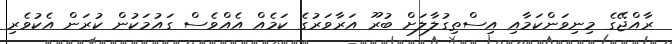
ރާއްޖޭގެ މިނިވަންކަމާއި އިސްތިގުލާލަށް ބުރޫ އަރާވަރުގެ ކަމެއް އެއްވެސް ގައުމަކުން ކުރަން އެކުވެރި